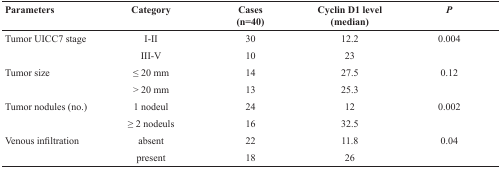
<table><thead><tr><td><b>Parameters</b></td><td><b>Category</b></td><td><b>Cases (n=40)</b></td><td><b>Cyclin D1 level (median)</b></td><td><b><i>P</i></b></td></tr></thead><tbody><tr><td>Tumor UICC7 stage</td><td>I-II</td><td>30</td><td>12.2</td><td>0.004</td></tr><tr><td></td><td>III-V</td><td>10</td><td>23</td><td></td></tr><tr><td>Tumor size</td><td>≤ 20 mm</td><td>14</td><td>27.5</td><td>0.12</td></tr><tr><td></td><td>&gt; 20 mm</td><td>13</td><td>25.3</td><td></td></tr><tr><td>Tumor nodules (no.)</td><td>1 nodeul</td><td>24</td><td>12</td><td>0.002</td></tr><tr><td></td><td>≥ 2 nodeuls</td><td>16</td><td>32.5</td><td></td></tr><tr><td>Venous infiltration</td><td>absent</td><td>22</td><td>11.8</td><td>0.04</td></tr><tr><td></td><td>present</td><td>18</td><td>26</td><td></td></tr></tbody></table>